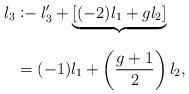
LaTeX: \begin{align*}l_3 &\coloneq l_3' + \underbrace{\left[(-2)l_1 + gl_2\right]}_{} \\&= (-1)l_1 + \left(\dfrac{g + 1}{2}\right)l_2,\end{align*}